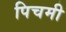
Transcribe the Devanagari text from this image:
पिचमी